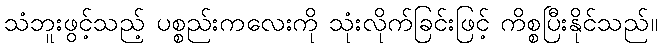
သံဘူးဖွင့်သည့် ပစ္စည်းကလေးကို သုံးလိုက်ခြင်းဖြင့် ကိစ္စပြီးနိုင်သည်။